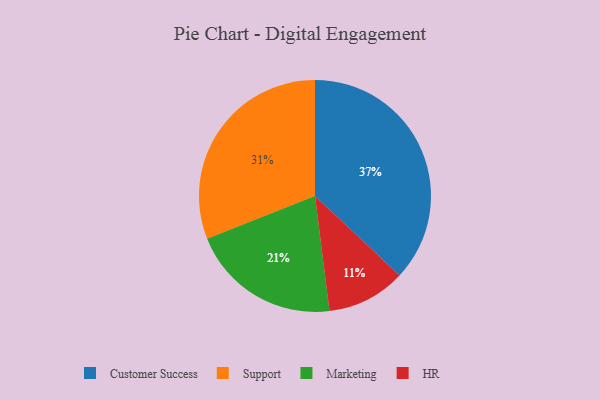
{"axis": {"x": "Category", "y": "Percentage"}, "legend": ["Customer Success", "HR", "Marketing", "Support"], "data": [{"x": "Customer Success", "y": 37, "type": "Customer Success"}, {"x": "Marketing", "y": 21, "type": "Marketing"}, {"x": "Support", "y": 31, "type": "Support"}, {"x": "HR", "y": 11, "type": "HR"}]}